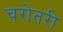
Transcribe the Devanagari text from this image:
चरोतरी